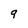
Character: q